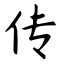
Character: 传